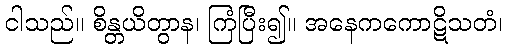
ငါသည်။ စိန္တယိတွာန၊ ကြံပြီး၍။ အနေကကောဋိသတံ၊